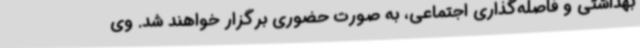
بهداشتی و فاصله‌گذاری اجتماعی، به صورت حضوری برگزار خواهند شد. وی